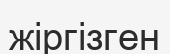
жіргізген